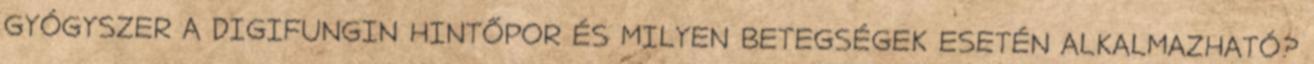
GYÓGYSZER A DIGIFUNGIN HINTŐPOR ÉS MILYEN BETEGSÉGEK ESETÉN ALKALMAZHATÓ?